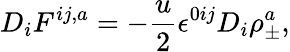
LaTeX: D_{i}F^{ij,a}=-\frac{u}{2}\epsilon^{0ij}D_{i}\rho_{\pm}^{a},